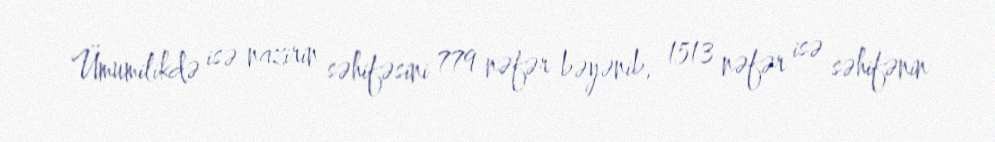
Ümumilikdə isə nazirin səhifəsini 779 nəfər bəyənib, 1513 nəfər isə səhifənin